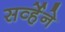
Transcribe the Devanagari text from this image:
सर्व्हेने